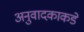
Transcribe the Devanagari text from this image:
अनुवादकाकडे